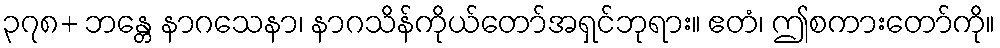
၃၇၈+ ဘန္တေ နာဂသေနာ၊ နာဂသိန်ကိုယ်တော်အရှင်ဘုရား။ ဧတံ၊ ဤစကားတော်ကို။